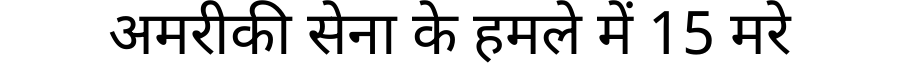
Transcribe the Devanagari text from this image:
अमरीकी सेना के हमले में 15 मरे